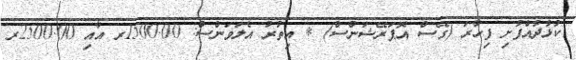
ކުޅުދުއްފުށި ފިހާރަ (ގޭސް އޮޕަރޭޝަންސް) * އިތުރު އެލަވަންސް: 1500.00ރ އާއި 2500.00ރ